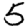
Digit: 5